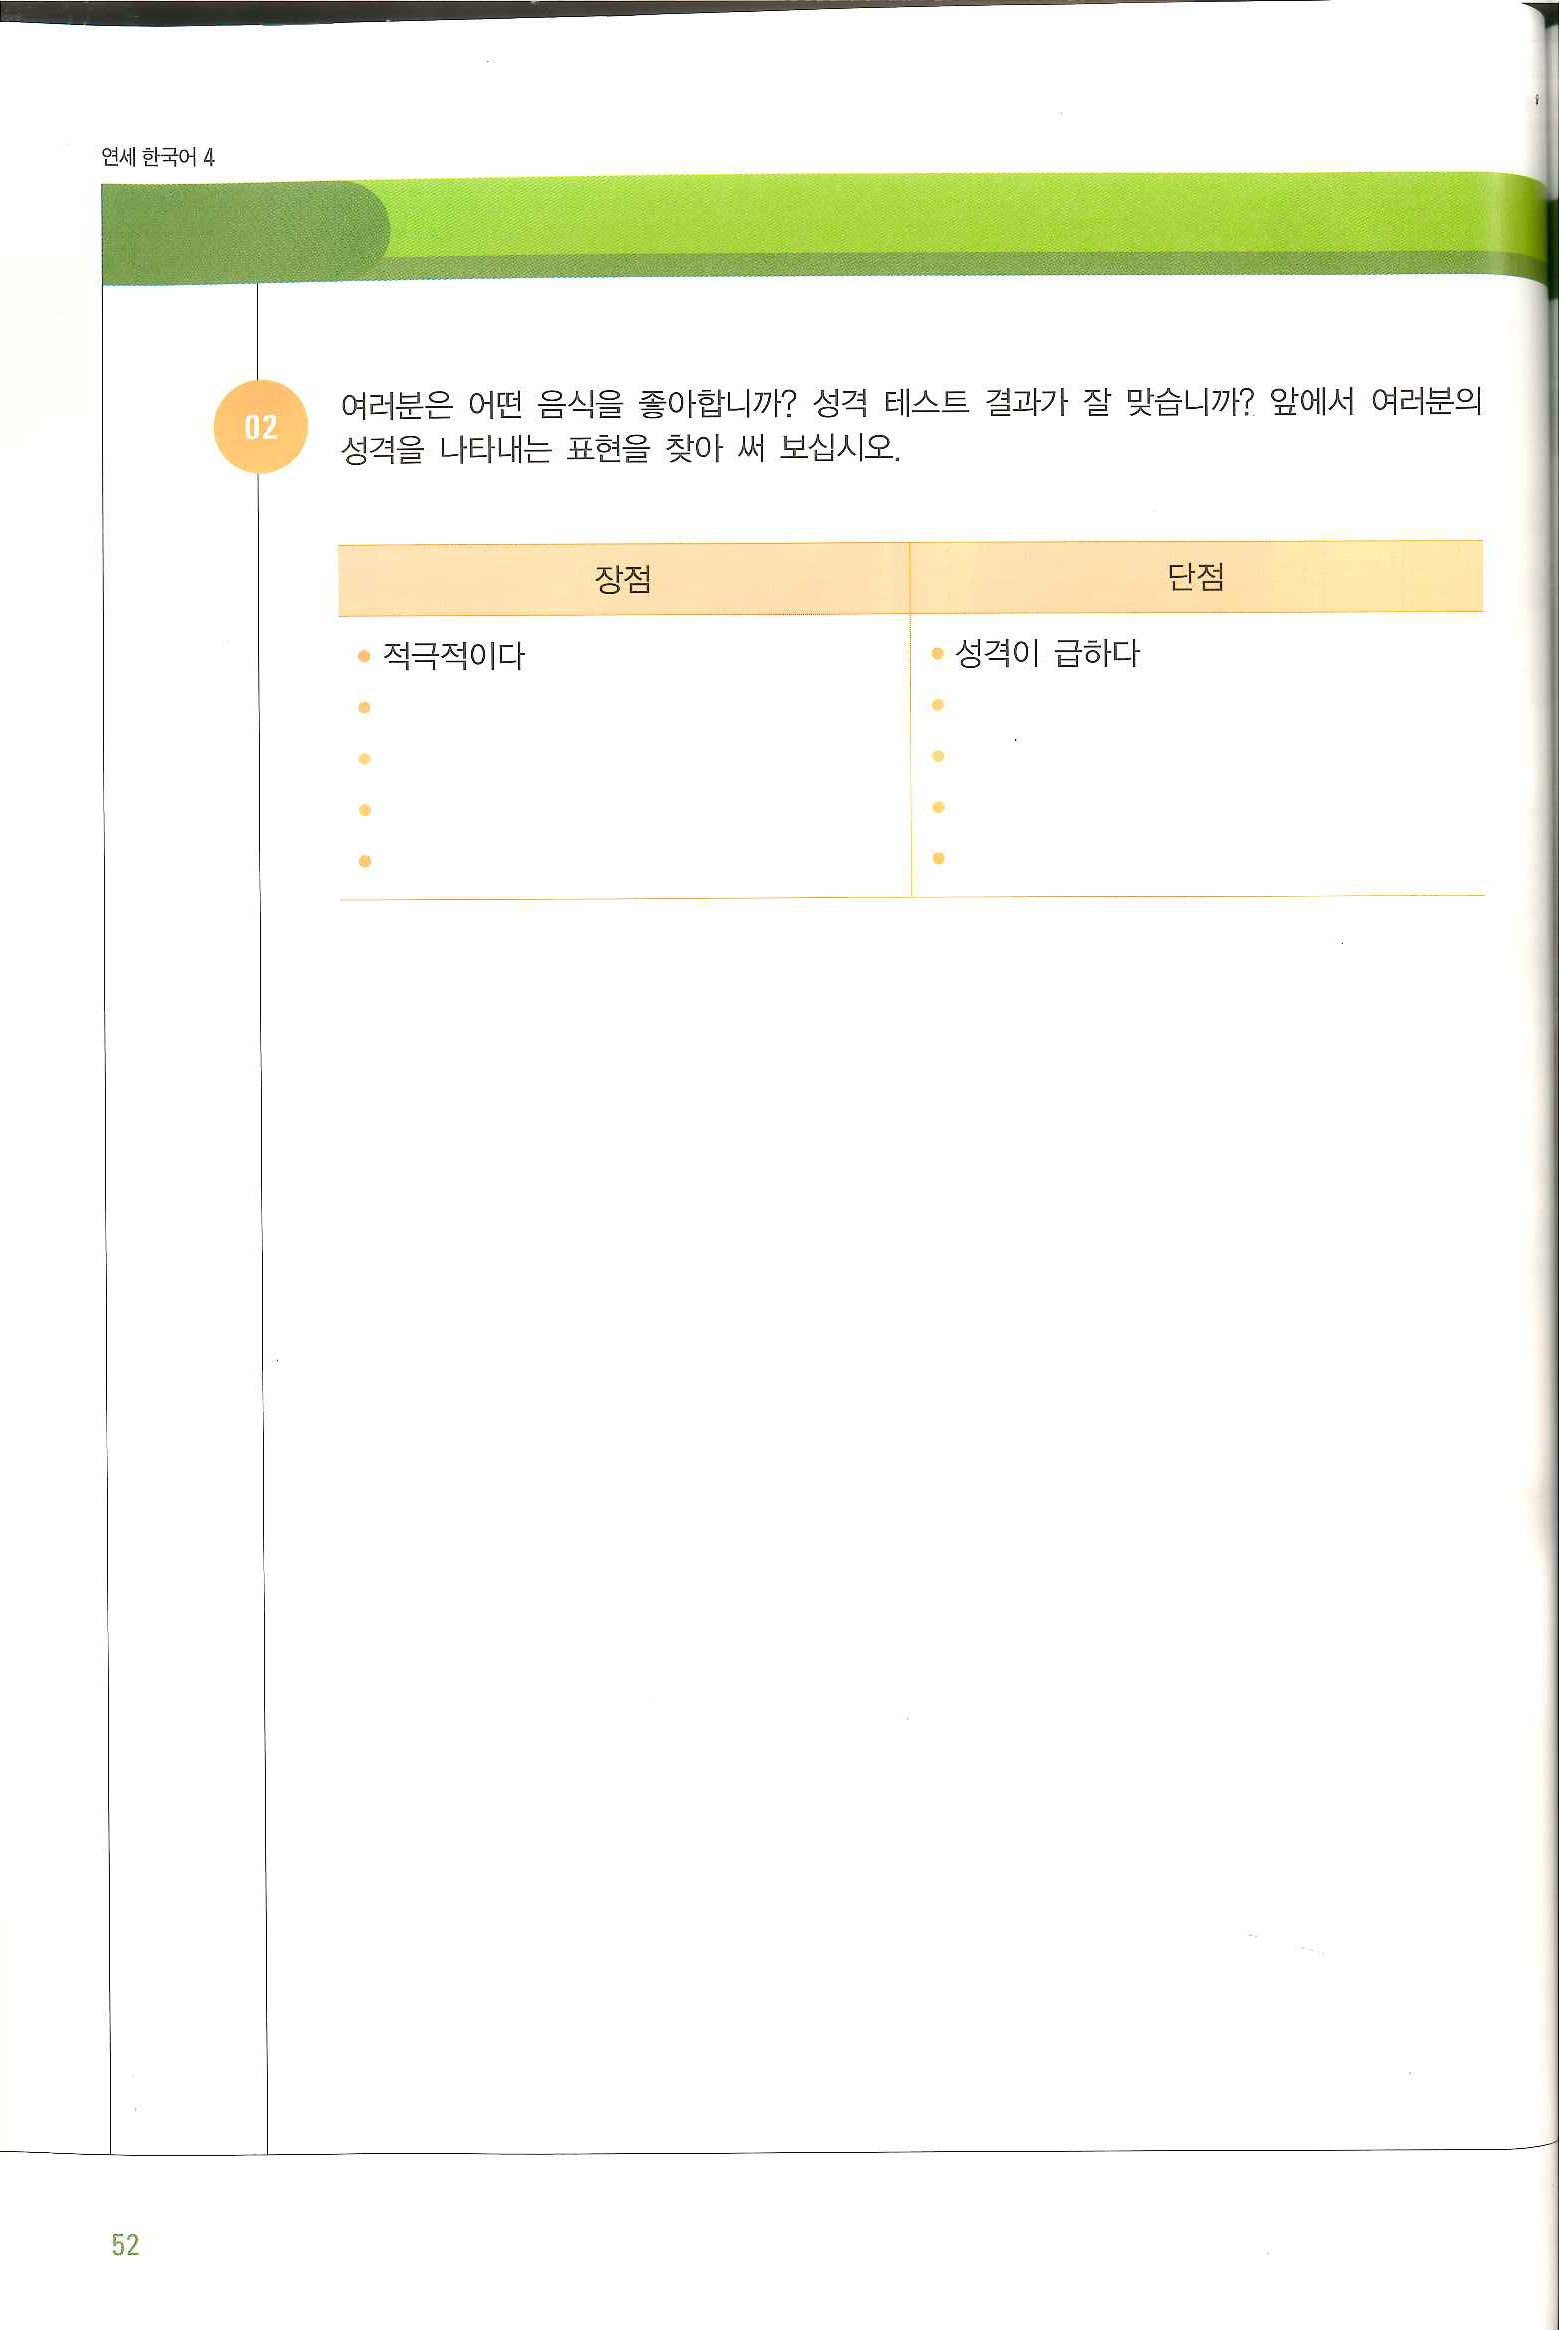
Language: ko